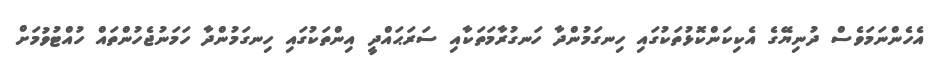
އެހެންނަމަވެސް ދުނިޔޭގެ އެކިކަންކޮޅުތަކުގައި ހިނގަމުންދާ ހަނގުރާމަތަކާއި ސަރަޙައްދީ އިންތަކުގައި ހިނގަމުންދާ ހަމަނުޖެހުންތައް ހުއްޓުވުމަށް